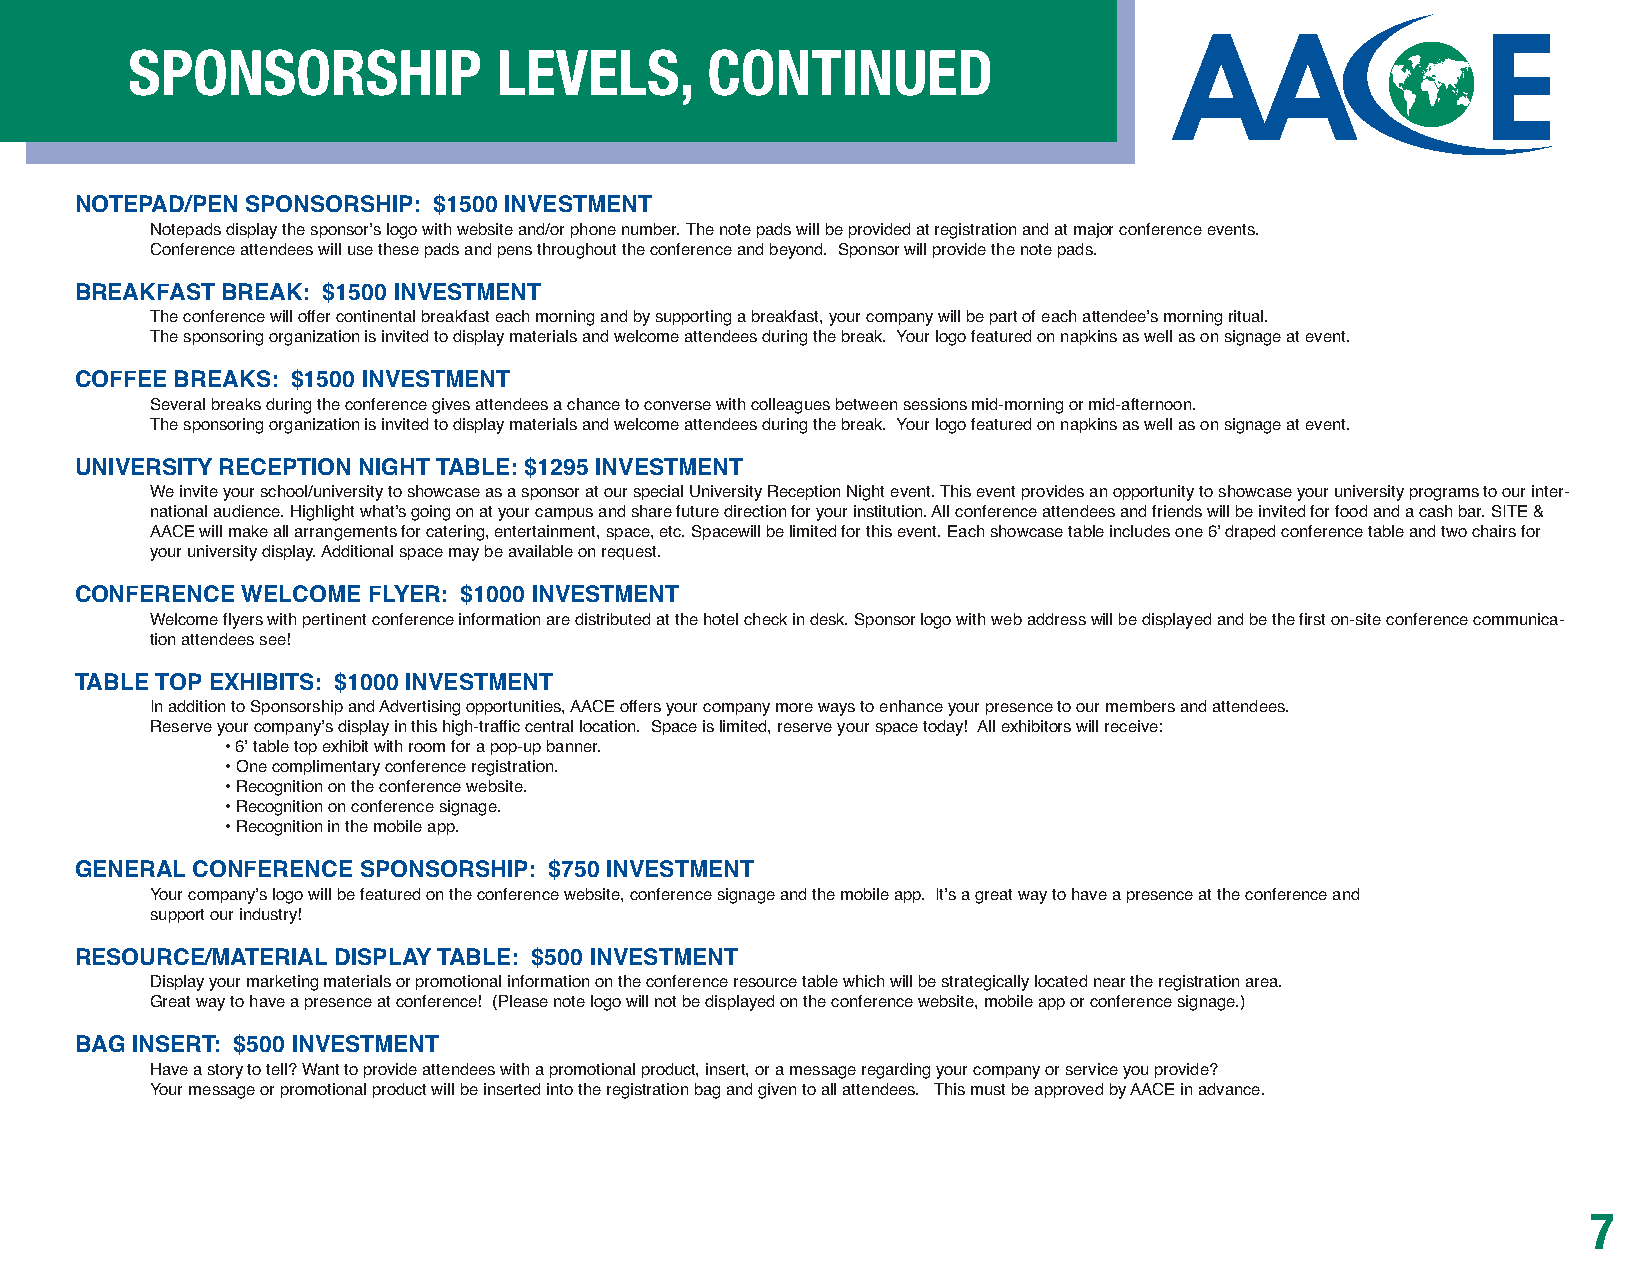
SPONSORSHIP              LEVELS,       CONTINUED
 NOTEPAD/PEN SPONSORSHIP: $1500 INVESTMENT
 Notepads display the sponsorʼs logo with website and/or phone number. The note pads will be provided at registration and at major conference events.
 Conference attendees will use these pads and pens throughout the conference and beyond. Sponsor will provide the note pads.
 BREAKFAST BREAK: $1500 INVESTMENT
 The conference will offer continental breakfast each morning and by supporting a breakfast, your company will be part of each attendeeʼs morning ritual.
 The sponsoring organization is invited to display materials and welcome attendees during the break. Your logo featured on napkins as well as on signage at event.
 COFFEE BREAKS: $1500 INVESTMENT
 Several breaks during the conference gives attendees a chance to converse with colleagues between sessions mid-morning or mid-afternoon.
 The sponsoring organization is invited to display materials and welcome attendees during the break. Your logo featured on napkins as well as on signage at event.
 UNIVERSITY RECEPTION NIGHT TABLE: $1295 INVESTMENT
 We invite your school/university to showcase as a sponsor at our special University Reception Night event. This event provides an opportunity to showcase your university programs to our inter-
 national audience. Highlight what’s going on at your campus and share future direction for your institution. All conference attendees and friends will be invited for food and a cash bar. SITE &
 AACE will make all arrangements for catering, entertainment, space, etc. Spacewill be limited for this event. Each showcase table includes one 6’ draped conference table and two chairs for
 your university display. Additional space may be available on request.
 CONFERENCE WELCOME FLYER: $1000 INVESTMENT
 Welcome flyers with pertinent conference information are distributed at the hotel check in desk. Sponsor logo with web address will be displayed and be the first on-site conference communica-
 tion attendees see!
 TABLE TOP EXHIBITS: $1000 INVESTMENT
 In addition to Sponsorship and Advertising opportunities, AACE offers your company more ways to enhance your presence to our members and attendees.
 Reserve your companyʼs display in this high-traffic central location. Space is limited, reserve your space today! All exhibitors will receive:
 • 6ʼ table top exhibit with room for a pop-up banner.
 • One complimentary conference registration.
 • Recognition on the conference website.
 • Recognition on conference signage.
 • Recognition in the mobile app.
 GENERAL CONFERENCE SPONSORSHIP: $750 INVESTMENT
 Your companyʼs logo will be featured on the conference website, conference signage and the mobile app. Itʼs a great way to have a presence at the conference and
 support our industry!
 RESOURCE/MATERIAL DISPLAY TABLE: $500 INVESTMENT
 Display your marketing materials or promotional information on the conference resource table which will be strategically located near the registration area.
 Great way to have a presence at conference! (Please note logo will not be displayed on the conference website, mobile app or conference signage.)
 BAG INSERT: $500 INVESTMENT
 Have a story to tell? Want to provide attendees with a promotional product, insert, or a message regarding your company or service you provide?
 Your message or promotional product will be inserted into the registration bag and given to all attendees. This must be approved by AACE in advance.
 7